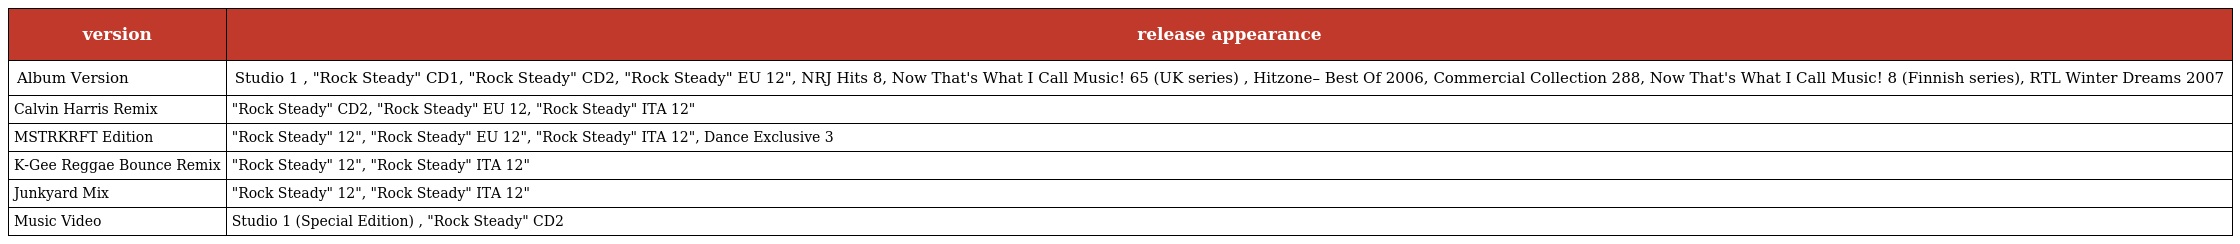
| version | release appearance |
 | --- | --- |
 | Album Version | Studio 1 , "Rock Steady" CD1, "Rock Steady" CD2, "Rock Steady" EU 12", NRJ Hits 8, Now That's What I Call Music! 65 (UK series) , Hitzone– Best Of 2006, Commercial Collection 288, Now That's What I Call Music! 8 (Finnish series), RTL Winter Dreams 2007 |
 | Calvin Harris Remix | "Rock Steady" CD2, "Rock Steady" EU 12, "Rock Steady" ITA 12" |
 | MSTRKRFT Edition | "Rock Steady" 12", "Rock Steady" EU 12", "Rock Steady" ITA 12", Dance Exclusive 3 |
 | K-Gee Reggae Bounce Remix | "Rock Steady" 12", "Rock Steady" ITA 12" |
 | Junkyard Mix | "Rock Steady" 12", "Rock Steady" ITA 12" |
 | Music Video | Studio 1 (Special Edition) , "Rock Steady" CD2 |